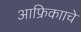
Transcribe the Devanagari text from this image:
आफ्रिकााचे